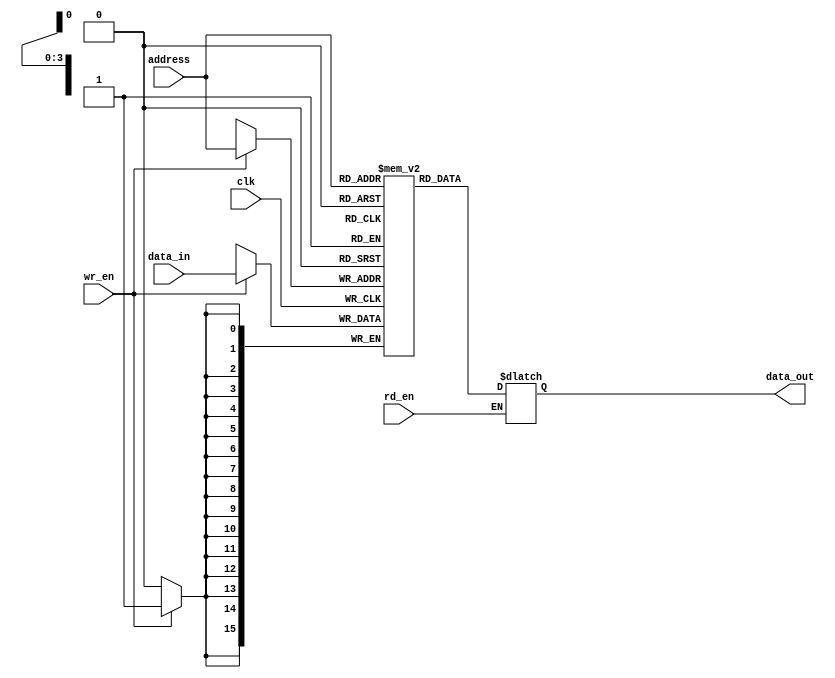
`timescale 1ns/1ps

module RAM(input clk, input [15:0] data_in, input wr_en, input rd_en, input [3:0] address, output reg [15:0] data_out);

reg [15:0] memory [15:0];

integer i;
initial
begin
	for( i = 0; i < 16 ; i = i+1 )
	begin 
		memory[i] = i;
	end
end 

always @(posedge clk)
begin
  if(wr_en)
	begin
		memory[address] <= data_in;
	end
end

always  @(*)
begin
	if(rd_en)
	begin
		data_out <= memory[address];
	end
end

endmodule